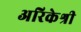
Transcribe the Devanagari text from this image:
अरिकेश्री